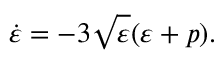
\dot { \varepsilon } = - 3 \sqrt { \varepsilon } ( \varepsilon + p ) .